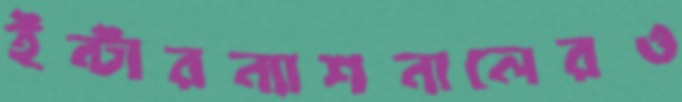
ইন্টারন্যাশনালেরও